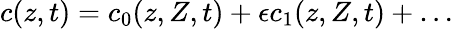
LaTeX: c(z,t)=c_{0}(z,Z,t)+\epsilon c_{1}(z,Z,t)+\ldots